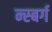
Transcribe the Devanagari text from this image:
न्स्बर्ग